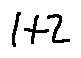
1 + 2